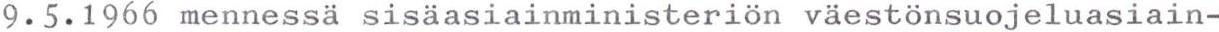
9.5.1966 mennessä sisäasiainministeriön väestönsuojeluasiain-